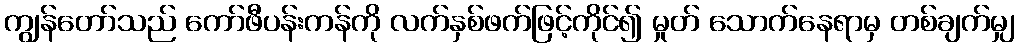
ကျွန်တော်သည် ကော်ဖီပန်းကန်ကို လက်နှစ်ဖက်ဖြင့်ကိုင်၍ မှုတ် သောက်နေရာမှ တစ်ချက်မျှ